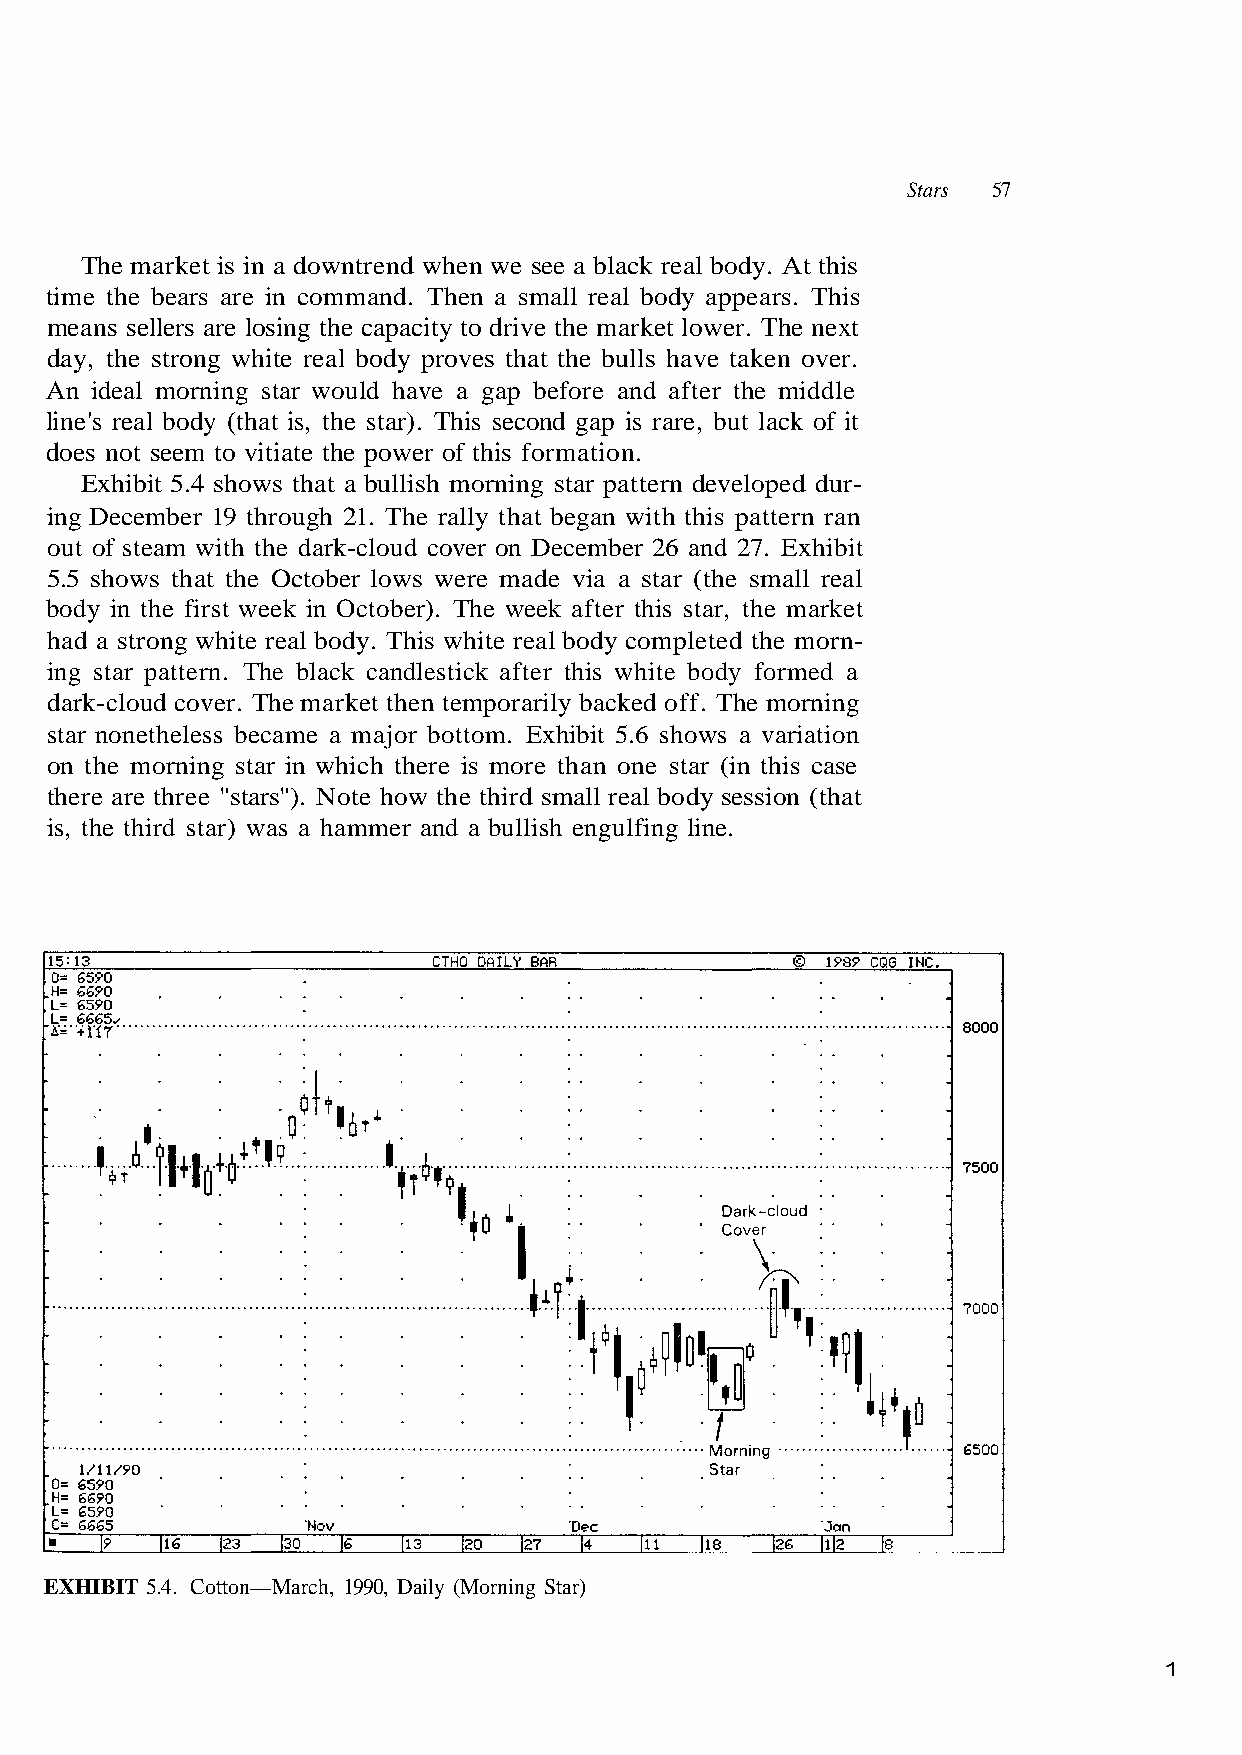
Stars 57
 line's real body (that is, the star). This second gap is rare, but lack of it
 ing December 19 through 21. The rally that began with this pattern ran
 out of steam with the dark-cloud cover on December 26 and 27. Exhibit
 body in the first week in October). The week after this star, the market
 had a strong white real body. This white real body completed the morn-
 ing star pattern. The black candlestick after this white body formed a
 star nonetheless became a major bottom. Exhibit 5.6 shows a variation
 there are three "stars"). Note how the third small real body session (that
 EXHIBIT 5.4. Cotton—March, 1990, Daily (Morning Star)
 1
 e l d d i m e h
 r.t e vr oe
 t
 n
 f a
 e k ad tn
 s
 e
 a
 ng
 Thi
 av
 e
 rni
 e.
 hr
 o
 n
 market is in a downtrend when we see a black real body. At this
 time the bears are in command. Then a small real body appears.
 means sellers are losing the capacity to drive the market lower. The next
 day, the strong white real body proves that the bulls
 An ideal morning star would have a gap befo
 does not seem to vitiate the power of this formation.
 xhibit 5.4 shows that a bullish morning star pattern developed dur-
 5.5 shows that the October lows were made via a star (the small real
 dark-cloud cover. The market then temporarily backed off. The m
 on the morning star in which there is more than one star (in this case
 is, the third star) was a hammer and a bullish engulfing li
 The
 E